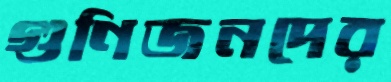
গুণিজনদের